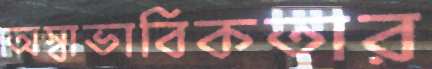
অস্বাভাবিকতার